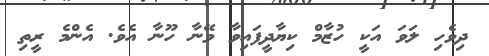
ދިވެހި ލަވަ އަކީ ހުޒާމް ކިޔާދީފައިވާ ވޭނާ ހޫނާ އެވެ. އެންމެ ރީތި